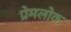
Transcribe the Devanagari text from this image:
प्रेमलोक